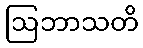
ဩဘာသတိ